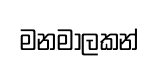
මනමාලකන්